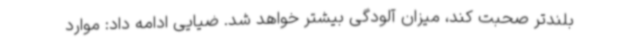
بلندتر صحبت کند، میزان آلودگی بیشتر خواهد شد. ضیایی ادامه داد: موارد